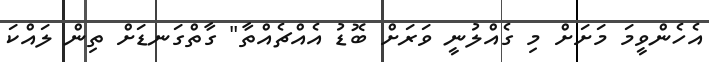
އެހެންވީމަ މަށަށް މި ގެއްލުނީ ވަރަށް ބޮޑު އެއްޗެއްތާ" ގާތްގަނޑަށް ތިން ލައްކަ